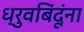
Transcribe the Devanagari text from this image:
ध्रुवबिंदूंना